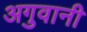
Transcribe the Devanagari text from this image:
अगुवानी